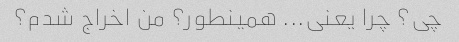
چی؟ چرا یعنی... همینطور؟ من اخراج شدم؟